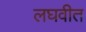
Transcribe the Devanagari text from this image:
लघवीत